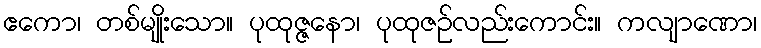
ဧကော၊ တစ်မျိုးသော။ ပုထုဇ္ဇနော၊ ပုထုဇဉ်လည်းကောင်း။ ကလျာဏော၊